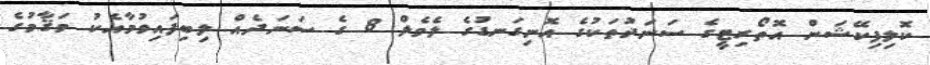
ކޮލިފިކޭޝަން އޮތޯރިޓީގެ ސަނަދުތަކުގެ އޮނިގަނޑުގެ ލެވެލް 8 ގެ ސަނަދެއް ލިބިފައިވުމާއެކު މަޤާމުގެ